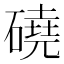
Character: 磽